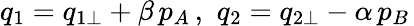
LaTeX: q_{1}=q_{1\perp}+\beta\, p_{A}\, ,\, \, q_{2}=q_{2\perp}-\alpha\, p_{B}\,